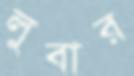
লুবার